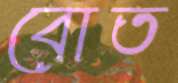
বোত